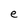
Character: e